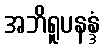
အဘိရူပနန္ဒံ